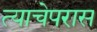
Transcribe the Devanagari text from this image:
त्याचेपरास